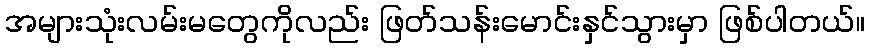
အများသုံးလမ်းမတွေကိုလည်း ဖြတ်သန်းမောင်းနှင်သွားမှာ ဖြစ်ပါတယ်။